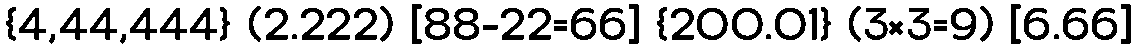
{4,44,444} (2.222) [88-22=66] {200.01} (3×3=9) [6.66]